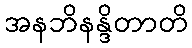
အနဘိနန္ဒိတာတိ